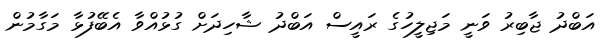
އަބްދު ޖާބިރު ވަނީ މަޖިލީހުގެ ރައީސް އަބްދު ޝާހިދަށް ގުޅުއްވާ އެބޭފުޅާ މަގާމުން